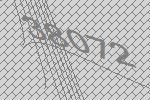
38072